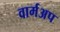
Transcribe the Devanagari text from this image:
वार्मअप